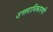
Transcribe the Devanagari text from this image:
उत्तराधिकारणी